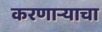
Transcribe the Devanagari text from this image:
करणाऱ्याचा